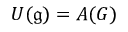
U ( { \mathfrak { g } } ) = A ( G )